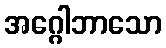
အဂ္ဂေါဘာသော